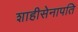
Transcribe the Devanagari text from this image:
शाहीसेनापति